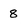
Character: 8